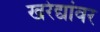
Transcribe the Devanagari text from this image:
खरेद्यांवर